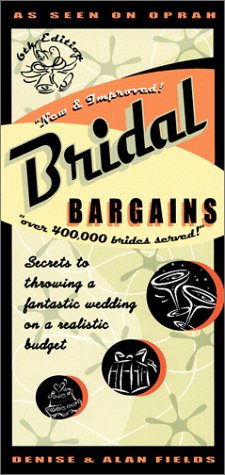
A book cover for Bridal Bargains: Secrets to Throwing a Fantastic Wedding on a Realistic Budget; Denise Fields; Crafts, Hobbies & Home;